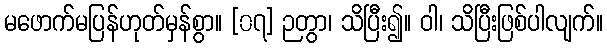
မဖောက်မပြန်ဟုတ်မှန်စွာ။ [၀၇] ဉတွာ၊ သိပြီး၍။ ဝါ၊ သိပြီးဖြစ်ပါလျက်။